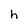
Character: h